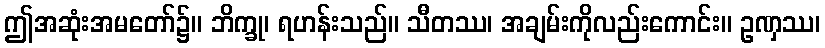
ဤအဆုံးအမတော်၌။ ဘိက္ခု၊ ရဟန်းသည်။ သီတဿ၊ အချမ်းကိုလည်းကောင်း။ ဥဏှဿ၊